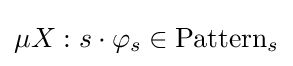
\mu X:s\cdot \varphi _{s}\in \mathrm {Pattern} _{s}